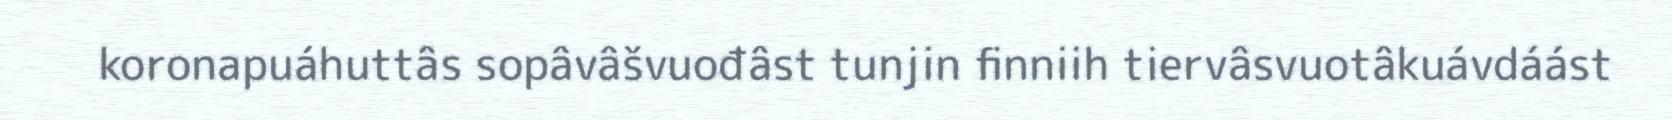
koronapuáhuttâs sopâvâšvuođâst tunjin finniih tiervâsvuotâkuávdáást